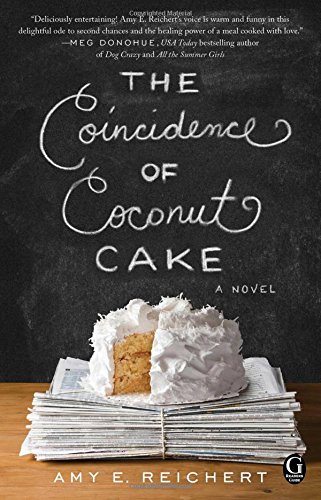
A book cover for The Coincidence of Coconut Cake; Amy E. Reichert; Romance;